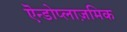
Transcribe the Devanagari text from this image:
एॆन्डोप्लाज़मिक